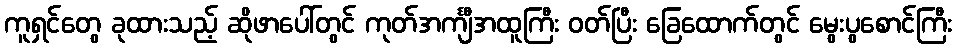
ကူရှင်တွေ ခုထားသည့် ဆိုဖာပေါ်တွင် ကုတ်အင်္ကျီအထူကြီး ဝတ်ပြီး ခြေထောက်တွင် မွေးပွစောင်ကြီး